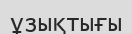
ұзықтығы